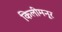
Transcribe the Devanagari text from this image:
किलीमनूर